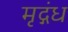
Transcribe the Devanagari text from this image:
मृद्गंध